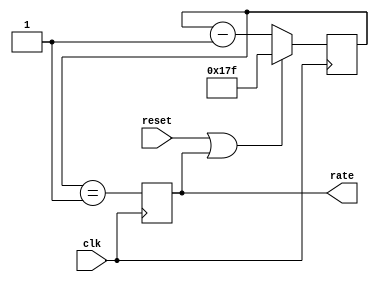
// clkgen.v - master clock generator for I2S test
// E. Brombaugh - 08-26-2008

// NOTE: Initially set up for Fsamp = Fclk/384. 
// @ 16MHz => 41.7 kHz sample rate

module clkgen(
	clk, 
	reset,
	rate
);

	input wire clk;		// system clock
	input wire reset;	// POR
	output reg rate;	// Sample rate clock output
	
	// rate counter
	reg [8:0] cnt;
	always @(posedge clk)
		if(reset | rate)
			cnt <= 9'd383;
		else
			cnt <= cnt - 1'd1;
	
	// detect end condition
	always @(posedge clk)
		rate <= (cnt == 9'd1);
endmodule